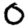
Digit: 0